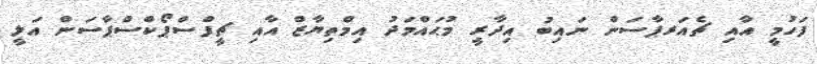
ފަހުމީ އާއި ޗެއަރޕާސަން ނައިބު އިދާރީ މުޙައްމަދު އިމްތިޔާޒް އާއި ޗީފްސްޕޯކްސްޕާސަން އަލީ